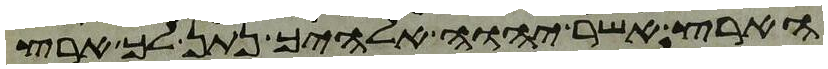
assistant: הארץ אשר יהוה אלהיך נתן לך ארץ